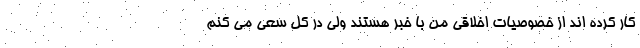
کار کرده اند از خصوصیات اخلاقی من با خبر هستند ولی در کل سعی می کنم